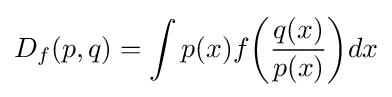
D_{f}(p,q)=\int p(x)f{\bigg (}{\frac {q(x)}{p(x)}}{\bigg )}dx